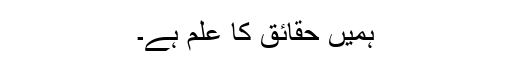
ہمیں حقائق کا علم ہے۔